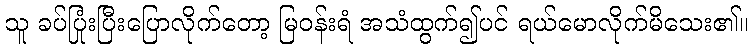
သူ ခပ်ပြုံးပြီးပြောလိုက်တော့ မြဝန်းရံ အသံထွက်၍ပင် ရယ်မောလိုက်မိသေး၏။